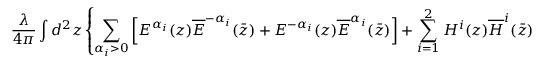
\frac { \lambda } { 4 \pi } \int d ^ { 2 } z \left\{ \sum _ { \alpha _ { i } > 0 } \left[ E ^ { \alpha _ { i } } ( z ) \overline { { { E } } } ^ { - \alpha _ { i } } ( \bar { z } ) + E ^ { - \alpha _ { i } } ( z ) \overline { { { E } } } ^ { \alpha _ { i } } ( \bar { z } ) \right] + \sum _ { i = 1 } ^ { 2 } H ^ { i } ( z ) \overline { { { H } } } ^ { i } ( \bar { z } ) \right\} \ .